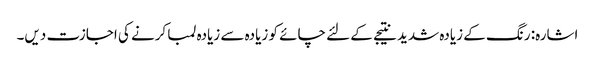
اشارہ: رنگ کے زیادہ شدید نتیجے کے لئے چائے کو زیادہ سے زیادہ لمبا کرنے کی اجازت دیں۔